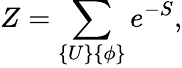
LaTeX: Z=\sum_{\{ U\} \{ \phi\} }e^{-S},